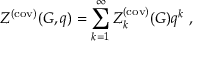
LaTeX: Z ^ { ( \mathrm { c o v ) } } ( G , q ) = \sum _ { k = 1 } ^ { \infty } Z _ { k } ^ { ( \mathrm { c o v ) } } ( G ) q ^ { k } ~ ,